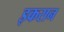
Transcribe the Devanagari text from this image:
इकरान